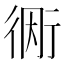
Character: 𫋭